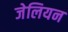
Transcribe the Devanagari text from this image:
जेलियन